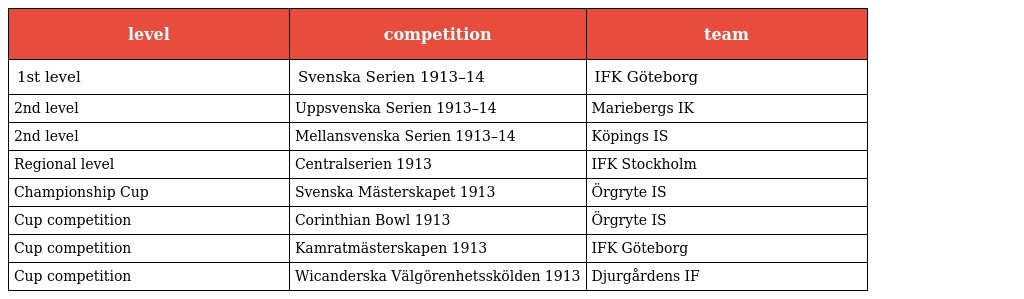
| level | competition | team |
 | --- | --- | --- |
 | 1st level | Svenska Serien 1913–14 | IFK Göteborg |
 | 2nd level | Uppsvenska Serien 1913–14 | Mariebergs IK |
 | 2nd level | Mellansvenska Serien 1913–14 | Köpings IS |
 | Regional level | Centralserien 1913 | IFK Stockholm |
 | Championship Cup | Svenska Mästerskapet 1913 | Örgryte IS |
 | Cup competition | Corinthian Bowl 1913 | Örgryte IS |
 | Cup competition | Kamratmästerskapen 1913 | IFK Göteborg |
 | Cup competition | Wicanderska Välgörenhetsskölden 1913 | Djurgårdens IF |